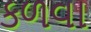
કળવા